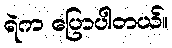
ရဲက ပြောပါတယ်။